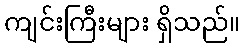
ကျင်းကြီးများ ရှိသည်။